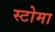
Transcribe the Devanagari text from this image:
स्टोमा